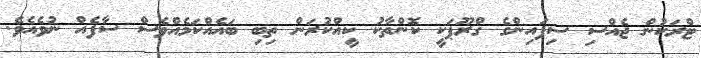
ޓްރަކުން ޖެއްސި ސިފައިންގެ ގްރޫޕަކީ ކޮންތާކު ކީއްކުރަން ތިބި ބައެއްކަމެއްވެސް ސާފެއް ނުވެއެވެ.